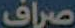
صراف